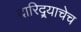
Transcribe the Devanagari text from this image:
दारिद्र्याचेच